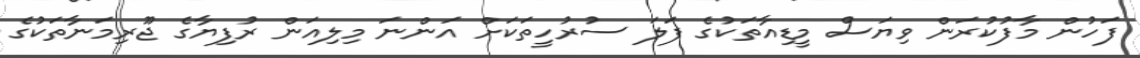
ފަހުން މާފުކުރަން ވިޔަސް މީޑިއާތަކުގެ ފަލަ ސުރުހީތަކަށް އަންނަ މިލިއަން ރުފިޔާގެ ޖޫރިމަނާތަކުގެ